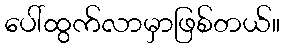
ပေါ်ထွက်လာမှာဖြစ်တယ်။